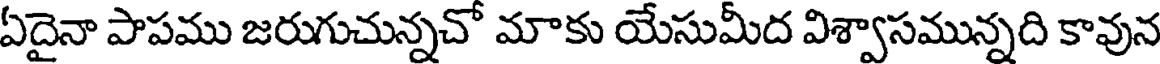
ఏదైనా పాపము జరుగుచున్నచో మాకు యేసుమీద విశ్వాసమున్నది కావున